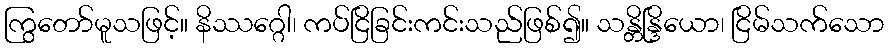
ကြွတော်မူသဖြင့်။ နိဿဂ္ဂေါ၊ ကပ်ငြိခြင်းကင်းသည်ဖြစ်၍။ သန္တိန္ဒြိယော၊ ငြိမ်သက်သော